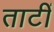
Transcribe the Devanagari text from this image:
ताटीं